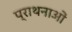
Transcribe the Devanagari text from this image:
प्राथनाओं